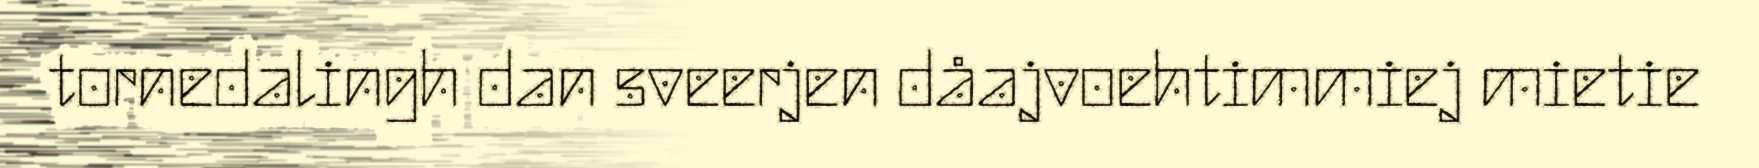
tornedalingh dan sveerjen dåajvoehtimmiej mietie